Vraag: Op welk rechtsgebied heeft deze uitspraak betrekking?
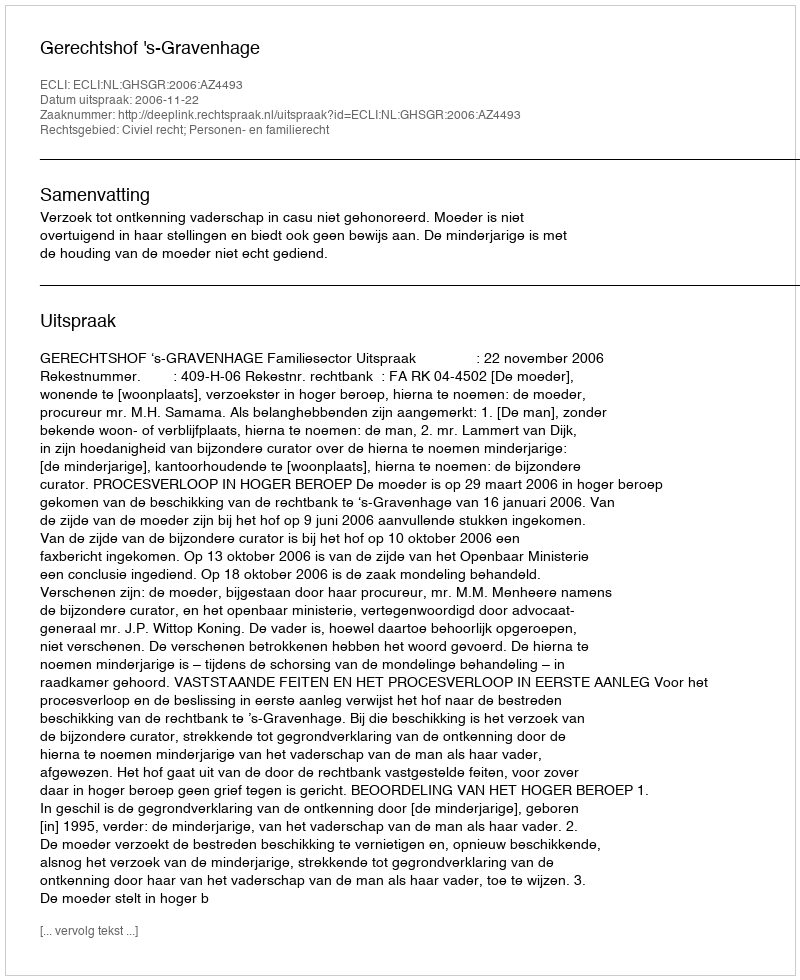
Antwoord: Civiel recht; Personen- en familierecht